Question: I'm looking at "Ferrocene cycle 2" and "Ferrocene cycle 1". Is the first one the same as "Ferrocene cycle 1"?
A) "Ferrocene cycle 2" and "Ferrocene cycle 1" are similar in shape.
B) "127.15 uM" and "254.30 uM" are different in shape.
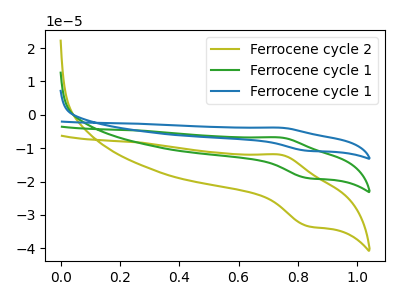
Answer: <think>The olive curve "Ferrocene cycle 2" has an anodic peak at (0.75V, -12.00uA) and a cathodic peak at (0.85V, -33.35uA). The green curve "Ferrocene cycle 1" has an anodic peak at (0.75V, -6.80uA) and a cathodic peak at (0.85V, -18.95uA). The blue curve "Ferrocene cycle 1" has an anodic peak at (0.75V, -13.65uA) and a cathodic peak at (0.85V, -37.90uA).
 All the peaks in "Ferrocene cycle 2" have a peak in "Ferrocene cycle 1" at the same potential.</think>
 <answer>A) "Ferrocene cycle 2" and "Ferrocene cycle 1" are similar in shape.</answer>
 <eval>A</eval>